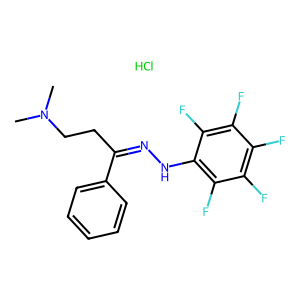
SMILES: CN(C)CCC(=NNc1c(F)c(F)c(F)c(F)c1F)c1ccccc1.Cl
Inhibits HIV replication: No